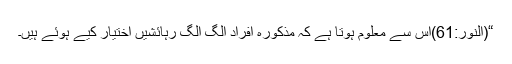
“(النور:61)اس سے معلوم ہوتا ہے کہ مذکورہ افراد الگ الگ رہائشیں اختیار کیے ہوئے ہیں۔